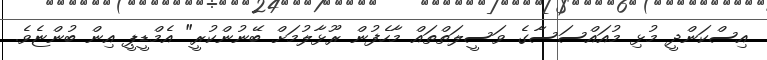
އިސްކަންދީ މުޅި މުއައްސަސާގެ ވަސީލަތްތައް މާހެފުން ރޫޅާލުމަށް ބޭނުންކުރީ" އެމްޑީޕީ އިން ބުންޏެވެ.